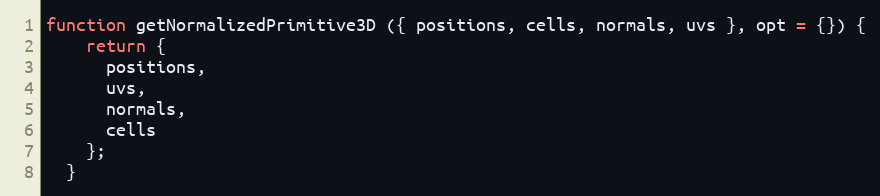
Language: JavaScript
function getNormalizedPrimitive3D ({ positions, cells, normals, uvs }, opt = {}) {
    return {
      positions,
      uvs,
      normals,
      cells
    };
  }